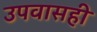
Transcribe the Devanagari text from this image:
उपवासही